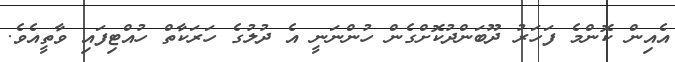
އެއިން ކޮންމެ ފަހަރު ދޫބަންދުކޮށްގެން ހުންނަނީ އެ ދުލުގެ ހަރަކާތް ހުއްޓިފައި ވާތީއެވެ.